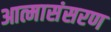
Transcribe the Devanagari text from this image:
आत्मासंसरण